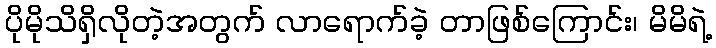
ပိုမိုသိရှိလိုတဲ့အတွက် လာရောက်ခဲ့ တာဖြစ်ကြောင်း၊ မိမိရဲ့